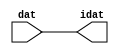

//------> /package/eda/mg/Catapult_10.3d/Mgc_home/pkgs/siflibs/ccs_in_v1.v 
//------------------------------------------------------------------------------
// Catapult Synthesis - Sample I/O Port Library
//
// Copyright (c) 2003-2017 Mentor Graphics Corp.
//       All Rights Reserved
//
// This document may be used and distributed without restriction provided that
// this copyright statement is not removed from the file and that any derivative
// work contains this copyright notice.
//
// The design information contained in this file is intended to be an example
// of the functionality which the end user may study in preparation for creating
// their own custom interfaces. This design does not necessarily present a 
// complete implementation of the named protocol or standard.
//
//------------------------------------------------------------------------------


module ccs_in_v1 (idat, dat);

  parameter integer rscid = 1;
  parameter integer width = 8;

  output [width-1:0] idat;
  input  [width-1:0] dat;

  wire   [width-1:0] idat;

  assign idat = dat;

endmodule


//------> /package/eda/mg/Catapult_10.3d/Mgc_home/pkgs/siflibs/ccs_out_v1.v 
//------------------------------------------------------------------------------
// Catapult Synthesis - Sample I/O Port Library
//
// Copyright (c) 2003-2015 Mentor Graphics Corp.
//       All Rights Reserved
//
// This document may be used and distributed without restriction provided that
// this copyright statement is not removed from the file and that any derivative
// work contains this copyright notice.
//
// The design information contained in this file is intended to be an example
// of the functionality which the end user may study in preparation for creating
// their own custom interfaces. This design does not necessarily present a 
// complete implementation of the named protocol or standard.
//
//------------------------------------------------------------------------------

module ccs_out_v1 (dat, idat);

  parameter integer rscid = 1;
  parameter integer width = 8;

  output   [width-1:0] dat;
  input    [width-1:0] idat;

  wire     [width-1:0] dat;

  assign dat = idat;

endmodule




//------> /package/eda/mg/Catapult_10.3d/Mgc_home/pkgs/siflibs/mgc_io_sync_v2.v 
//------------------------------------------------------------------------------
// Catapult Synthesis - Sample I/O Port Library
//
// Copyright (c) 2003-2017 Mentor Graphics Corp.
//       All Rights Reserved
//
// This document may be used and distributed without restriction provided that
// this copyright statement is not removed from the file and that any derivative
// work contains this copyright notice.
//
// The design information contained in this file is intended to be an example
// of the functionality which the end user may study in preparation for creating
// their own custom interfaces. This design does not necessarily present a 
// complete implementation of the named protocol or standard.
//
//------------------------------------------------------------------------------


module mgc_io_sync_v2 (ld, lz);
    parameter valid = 0;

    input  ld;
    output lz;

    wire   lz;

    assign lz = ld;

endmodule


//------> ./rtl.v 
// ----------------------------------------------------------------------
//  HLS HDL:        Verilog Netlister
//  HLS Version:    10.3d/815731 Production Release
//  HLS Date:       Wed Apr 24 14:54:19 PDT 2019
// 
//  Generated by:   695r48@cparch23.ecn.purdue.edu
//  Generated date: Tue Nov  9 15:12:41 2021
// ----------------------------------------------------------------------

// 
// ------------------------------------------------------------------
//  Design Unit:    fir_Altera_DIST_DIST_1R1W_RBW_rport_1_16_5_32_32_16_gen
// ------------------------------------------------------------------


module fir_Altera_DIST_DIST_1R1W_RBW_rport_1_16_5_32_32_16_gen (
  q, radr, radr_d, q_d, rport_r_ram_ir_internal_RMASK_B_d
);
  input [15:0] q;
  output [4:0] radr;
  input [4:0] radr_d;
  output [15:0] q_d;
  input rport_r_ram_ir_internal_RMASK_B_d;



  // Interconnect Declarations for Component Instantiations 
  assign q_d = q;
  assign radr = (radr_d);
endmodule

// ------------------------------------------------------------------
//  Design Unit:    fir_core_core_fsm
//  FSM Module
// ------------------------------------------------------------------


module fir_core_core_fsm (
  clk, rst, fsm_output, MAC_C_5_tr0
);
  input clk;
  input rst;
  output [10:0] fsm_output;
  reg [10:0] fsm_output;
  input MAC_C_5_tr0;


  // FSM State Type Declaration for fir_core_core_fsm_1
  parameter
    main_C_0 = 4'd0,
    MAC_C_0 = 4'd1,
    MAC_C_1 = 4'd2,
    MAC_C_2 = 4'd3,
    MAC_C_3 = 4'd4,
    MAC_C_4 = 4'd5,
    MAC_C_5 = 4'd6,
    MAC_C_6 = 4'd7,
    MAC_C_7 = 4'd8,
    MAC_C_8 = 4'd9,
    main_C_1 = 4'd10;

  reg [3:0] state_var;
  reg [3:0] state_var_NS;


  // Interconnect Declarations for Component Instantiations 
  always @(*)
  begin : fir_core_core_fsm_1
    case (state_var)
      MAC_C_0 : begin
        fsm_output = 11'b00000000010;
        state_var_NS = MAC_C_1;
      end
      MAC_C_1 : begin
        fsm_output = 11'b00000000100;
        state_var_NS = MAC_C_2;
      end
      MAC_C_2 : begin
        fsm_output = 11'b00000001000;
        state_var_NS = MAC_C_3;
      end
      MAC_C_3 : begin
        fsm_output = 11'b00000010000;
        state_var_NS = MAC_C_4;
      end
      MAC_C_4 : begin
        fsm_output = 11'b00000100000;
        state_var_NS = MAC_C_5;
      end
      MAC_C_5 : begin
        fsm_output = 11'b00001000000;
        if ( MAC_C_5_tr0 ) begin
          state_var_NS = main_C_1;
        end
        else begin
          state_var_NS = MAC_C_6;
        end
      end
      MAC_C_6 : begin
        fsm_output = 11'b00010000000;
        state_var_NS = MAC_C_7;
      end
      MAC_C_7 : begin
        fsm_output = 11'b00100000000;
        state_var_NS = MAC_C_8;
      end
      MAC_C_8 : begin
        fsm_output = 11'b01000000000;
        state_var_NS = MAC_C_0;
      end
      main_C_1 : begin
        fsm_output = 11'b10000000000;
        state_var_NS = main_C_0;
      end
      // main_C_0
      default : begin
        fsm_output = 11'b00000000001;
        state_var_NS = MAC_C_0;
      end
    endcase
  end

  always @(posedge clk) begin
    if ( rst ) begin
      state_var <= main_C_0;
    end
    else begin
      state_var <= state_var_NS;
    end
  end

endmodule

// ------------------------------------------------------------------
//  Design Unit:    fir_core
// ------------------------------------------------------------------


module fir_core (
  clk, rst, coeffs_rsc_triosy_lz, in1_rsc_dat, in1_rsc_triosy_lz, out1_rsc_dat, out1_rsc_triosy_lz,
      coeffs_rsci_radr_d, coeffs_rsci_q_d, coeffs_rsci_rport_r_ram_ir_internal_RMASK_B_d
);
  input clk;
  input rst;
  output coeffs_rsc_triosy_lz;
  input [15:0] in1_rsc_dat;
  output in1_rsc_triosy_lz;
  output [15:0] out1_rsc_dat;
  output out1_rsc_triosy_lz;
  output [4:0] coeffs_rsci_radr_d;
  input [15:0] coeffs_rsci_q_d;
  output coeffs_rsci_rport_r_ram_ir_internal_RMASK_B_d;


  // Interconnect Declarations
  wire [15:0] in1_rsci_idat;
  reg [15:0] out1_rsci_idat;
  wire [10:0] fsm_output;
  wire and_dcpl_9;
  wire or_dcpl_5;
  wire or_dcpl_6;
  reg [5:0] MAC_i_5_0_5_sva;
  wire [6:0] nl_MAC_i_5_0_5_sva;
  wire MAC_i_or_cse;
  reg reg_out1_rsc_triosy_obj_ld_cse;
  wire reg_out1_out1_and_cse;
  wire [4:0] MAC_1_acc_2_psp_sva_mx0w0;
  wire [5:0] nl_MAC_1_acc_2_psp_sva_mx0w0;
  reg [1:0] MAC_i_4_0_sva_4_3;
  reg MAC_i_4_0_sva_2;
  reg [1:0] MAC_i_4_0_sva_1_0;
  reg [4:0] MAC_3_acc_2_psp_sva;
  reg [4:0] MAC_2_acc_2_psp_sva;
  reg [4:0] MAC_6_acc_2_psp_sva;
  wire [15:0] z_out;
  wire [15:0] z_out_1;
  wire [15:0] z_out_2;
  wire [29:0] z_out_3;
  wire signed [31:0] nl_z_out_3;
  reg [15:0] regs_15_sva;
  reg [15:0] regs_16_sva;
  reg [15:0] regs_14_sva;
  reg [15:0] regs_17_sva;
  reg [15:0] regs_13_sva;
  reg [15:0] regs_18_sva;
  reg [15:0] regs_12_sva;
  reg [15:0] regs_19_sva;
  reg [15:0] regs_11_sva;
  reg [15:0] regs_20_sva;
  reg [15:0] regs_10_sva;
  reg [15:0] regs_21_sva;
  reg [15:0] regs_9_sva;
  reg [15:0] regs_22_sva;
  reg [15:0] regs_8_sva;
  reg [15:0] regs_23_sva;
  reg [15:0] regs_7_sva;
  reg [15:0] regs_24_sva;
  reg [15:0] regs_6_sva;
  reg [15:0] regs_25_sva;
  reg [15:0] regs_5_sva;
  reg [15:0] regs_26_sva;
  reg [15:0] regs_4_sva;
  reg [15:0] regs_27_sva;
  reg [15:0] regs_3_sva;
  reg [15:0] regs_28_sva;
  reg [15:0] regs_2_sva;
  reg [15:0] regs_29_sva;
  reg [15:0] regs_1_sva;
  reg [15:0] regs_30_sva;
  reg [15:0] regs_0_sva;
  reg [29:0] acc_32_3_1_sva;
  reg [15:0] regs_30_sva_1;
  reg [15:0] regs_29_sva_1;
  reg [15:0] regs_28_sva_1;
  reg [15:0] regs_27_sva_1;
  reg [15:0] regs_26_sva_1;
  reg [15:0] regs_25_sva_1;
  reg [15:0] regs_24_sva_1;
  reg [15:0] regs_23_sva_1;
  reg [15:0] regs_22_sva_1;
  reg [15:0] regs_21_sva_1;
  reg [15:0] regs_20_sva_1;
  reg [15:0] regs_19_sva_1;
  reg [15:0] regs_18_sva_1;
  reg [15:0] regs_17_sva_1;
  reg [15:0] regs_16_sva_1;
  reg [15:0] regs_15_sva_1;
  reg [15:0] regs_14_sva_1;
  reg [15:0] regs_13_sva_1;
  reg [15:0] regs_12_sva_1;
  reg [15:0] regs_11_sva_1;
  reg [15:0] regs_10_sva_1;
  reg [15:0] regs_9_sva_1;
  reg [15:0] regs_8_sva_1;
  reg [15:0] regs_7_sva_1;
  reg [15:0] regs_6_sva_1;
  reg [15:0] regs_5_sva_1;
  reg [15:0] regs_4_sva_1;
  reg [15:0] regs_3_sva_1;
  reg [15:0] regs_2_sva_1;
  reg [15:0] regs_1_sva_1;
  reg [15:0] regs_0_sva_1;
  reg [4:0] MAC_5_acc_2_psp_sva;
  reg [15:0] MAC_mux_itm;
  reg [15:0] MAC_mux_1_itm;
  reg [15:0] MAC_mux_2_itm;
  reg [29:0] MAC_1_mul_itm;
  reg [15:0] MAC_mux_3_itm;
  reg [29:0] MAC_2_mul_itm;
  reg [29:0] MAC_acc_3_itm;
  reg [15:0] MAC_mux_5_itm;
  reg [15:0] MAC_mux_6_itm;
  reg [4:0] MAC_7_acc_2_itm;
  wire [5:0] nl_MAC_7_acc_2_itm;
  wire [29:0] acc_32_3_5_sva_1;
  wire [30:0] nl_acc_32_3_5_sva_1;
  wire [4:0] MAC_2_acc_2_psp_sva_mx0w0;
  wire [5:0] nl_MAC_2_acc_2_psp_sva_mx0w0;
  wire [4:0] MAC_3_acc_2_psp_sva_mx0w0;
  wire [5:0] nl_MAC_3_acc_2_psp_sva_mx0w0;
  wire [4:0] MAC_6_acc_2_psp_sva_mx0w0;
  wire [5:0] nl_MAC_6_acc_2_psp_sva_mx0w0;
  wire [4:0] MAC_5_acc_2_psp_sva_1;
  wire [5:0] nl_MAC_5_acc_2_psp_sva_1;
  wire [29:0] MAC_acc_3_itm_mx0w0;
  wire [30:0] nl_MAC_acc_3_itm_mx0w0;

  wire[29:0] acc_mux_nl;
  wire[29:0] MAC_7_acc_1_nl;
  wire[30:0] nl_MAC_7_acc_1_nl;
  wire[29:0] MAC_acc_6_nl;
  wire[30:0] nl_MAC_acc_6_nl;
  wire[0:0] acc_not_nl;
  wire[0:0] MAC_and_nl;
  wire[0:0] MAC_and_1_nl;
  wire[0:0] MAC_and_2_nl;
  wire[0:0] MAC_and_3_nl;
  wire[0:0] MAC_and_4_nl;
  wire[29:0] mul_1_nl;
  wire signed [31:0] nl_mul_1_nl;
  wire[15:0] MAC_mux_22_nl;
  wire[29:0] MAC_acc_nl;
  wire[30:0] nl_MAC_acc_nl;
  wire[15:0] MAC_mux1h_27_nl;
  wire[0:0] or_196_nl;
  wire[4:0] MAC_mux_23_nl;
  wire[4:0] MAC_mux_24_nl;
  wire[4:0] MAC_mux_25_nl;

  // Interconnect Declarations for Component Instantiations 
  wire [0:0] nl_fir_core_core_fsm_inst_MAC_C_5_tr0;
  assign nl_fir_core_core_fsm_inst_MAC_C_5_tr0 = MAC_i_5_0_5_sva[5];
  ccs_in_v1 #(.rscid(32'sd2),
  .width(32'sd16)) in1_rsci (
      .dat(in1_rsc_dat),
      .idat(in1_rsci_idat)
    );
  ccs_out_v1 #(.rscid(32'sd3),
  .width(32'sd16)) out1_rsci (
      .idat(out1_rsci_idat),
      .dat(out1_rsc_dat)
    );
  mgc_io_sync_v2 #(.valid(32'sd0)) coeffs_rsc_triosy_obj (
      .ld(reg_out1_rsc_triosy_obj_ld_cse),
      .lz(coeffs_rsc_triosy_lz)
    );
  mgc_io_sync_v2 #(.valid(32'sd0)) in1_rsc_triosy_obj (
      .ld(reg_out1_rsc_triosy_obj_ld_cse),
      .lz(in1_rsc_triosy_lz)
    );
  mgc_io_sync_v2 #(.valid(32'sd0)) out1_rsc_triosy_obj (
      .ld(reg_out1_rsc_triosy_obj_ld_cse),
      .lz(out1_rsc_triosy_lz)
    );
  fir_core_core_fsm fir_core_core_fsm_inst (
      .clk(clk),
      .rst(rst),
      .fsm_output(fsm_output),
      .MAC_C_5_tr0(nl_fir_core_core_fsm_inst_MAC_C_5_tr0[0:0])
    );
  assign reg_out1_out1_and_cse = (fsm_output[6]) & (MAC_i_5_0_5_sva[5]);
  assign MAC_i_or_cse = (fsm_output[0]) | (fsm_output[6]);
  assign nl_MAC_acc_nl = MAC_acc_3_itm_mx0w0 + acc_32_3_1_sva;
  assign MAC_acc_nl = nl_MAC_acc_nl[29:0];
  assign nl_acc_32_3_5_sva_1 = (MAC_acc_nl) + MAC_acc_3_itm;
  assign acc_32_3_5_sva_1 = nl_acc_32_3_5_sva_1[29:0];
  assign nl_MAC_1_acc_2_psp_sva_mx0w0 = ({MAC_i_4_0_sva_4_3 , MAC_i_4_0_sva_2 , MAC_i_4_0_sva_1_0})
      + 5'b00001;
  assign MAC_1_acc_2_psp_sva_mx0w0 = nl_MAC_1_acc_2_psp_sva_mx0w0[4:0];
  assign nl_MAC_2_acc_2_psp_sva_mx0w0 = MAC_1_acc_2_psp_sva_mx0w0 + 5'b00001;
  assign MAC_2_acc_2_psp_sva_mx0w0 = nl_MAC_2_acc_2_psp_sva_mx0w0[4:0];
  assign nl_MAC_3_acc_2_psp_sva_mx0w0 = MAC_2_acc_2_psp_sva_mx0w0 + 5'b00001;
  assign MAC_3_acc_2_psp_sva_mx0w0 = nl_MAC_3_acc_2_psp_sva_mx0w0[4:0];
  assign nl_MAC_6_acc_2_psp_sva_mx0w0 = MAC_5_acc_2_psp_sva_1 + 5'b00001;
  assign MAC_6_acc_2_psp_sva_mx0w0 = nl_MAC_6_acc_2_psp_sva_mx0w0[4:0];
  assign nl_MAC_5_acc_2_psp_sva_1 = (MAC_i_5_0_5_sva[4:0]) + 5'b00001;
  assign MAC_5_acc_2_psp_sva_1 = nl_MAC_5_acc_2_psp_sva_1[4:0];
  assign nl_MAC_acc_3_itm_mx0w0 = MAC_1_mul_itm + MAC_2_mul_itm;
  assign MAC_acc_3_itm_mx0w0 = nl_MAC_acc_3_itm_mx0w0[29:0];
  assign and_dcpl_9 = ~((fsm_output[10]) | (fsm_output[0]));
  assign or_dcpl_5 = (fsm_output[5:4]!=2'b00);
  assign or_dcpl_6 = or_dcpl_5 | (fsm_output[3]);
  assign coeffs_rsci_radr_d = MUX1HOT_v_5_7_2(MAC_1_acc_2_psp_sva_mx0w0, ({MAC_i_4_0_sva_4_3
      , MAC_i_4_0_sva_2 , MAC_i_4_0_sva_1_0}), MAC_3_acc_2_psp_sva, MAC_2_acc_2_psp_sva,
      MAC_6_acc_2_psp_sva, MAC_5_acc_2_psp_sva, (MAC_i_5_0_5_sva[4:0]), {(fsm_output[1])
      , (fsm_output[2]) , (fsm_output[3]) , (fsm_output[4]) , (fsm_output[5]) , (fsm_output[6])
      , (fsm_output[7])});
  assign coeffs_rsci_rport_r_ram_ir_internal_RMASK_B_d = (~((~ and_dcpl_9) | (fsm_output[8])
      | (fsm_output[9]) | (fsm_output[6]))) | ((~ (MAC_i_5_0_5_sva[5])) & (fsm_output[6]));
  always @(posedge clk) begin
    if ( rst ) begin
      acc_32_3_1_sva <= 30'b000000000000000000000000000000;
    end
    else if ( (fsm_output[0]) | (fsm_output[6]) | (fsm_output[9]) ) begin
      acc_32_3_1_sva <= MUX_v_30_2_2(30'b000000000000000000000000000000, (acc_mux_nl),
          (acc_not_nl));
    end
  end
  always @(posedge clk) begin
    if ( rst ) begin
      out1_rsci_idat <= 16'b0000000000000000;
      regs_0_sva <= 16'b0000000000000000;
      regs_7_sva <= 16'b0000000000000000;
      regs_14_sva <= 16'b0000000000000000;
      regs_21_sva <= 16'b0000000000000000;
      regs_28_sva <= 16'b0000000000000000;
      regs_6_sva <= 16'b0000000000000000;
      regs_13_sva <= 16'b0000000000000000;
      regs_20_sva <= 16'b0000000000000000;
      regs_27_sva <= 16'b0000000000000000;
      regs_2_sva <= 16'b0000000000000000;
      regs_9_sva <= 16'b0000000000000000;
      regs_16_sva <= 16'b0000000000000000;
      regs_23_sva <= 16'b0000000000000000;
      regs_30_sva <= 16'b0000000000000000;
      regs_1_sva <= 16'b0000000000000000;
      regs_8_sva <= 16'b0000000000000000;
      regs_15_sva <= 16'b0000000000000000;
      regs_22_sva <= 16'b0000000000000000;
      regs_29_sva <= 16'b0000000000000000;
      regs_5_sva <= 16'b0000000000000000;
      regs_12_sva <= 16'b0000000000000000;
      regs_19_sva <= 16'b0000000000000000;
      regs_26_sva <= 16'b0000000000000000;
      regs_4_sva <= 16'b0000000000000000;
      regs_11_sva <= 16'b0000000000000000;
      regs_18_sva <= 16'b0000000000000000;
      regs_25_sva <= 16'b0000000000000000;
      regs_3_sva <= 16'b0000000000000000;
      regs_10_sva <= 16'b0000000000000000;
      regs_17_sva <= 16'b0000000000000000;
      regs_24_sva <= 16'b0000000000000000;
    end
    else if ( reg_out1_out1_and_cse ) begin
      out1_rsci_idat <= acc_32_3_5_sva_1[29:14];
      regs_0_sva <= regs_0_sva_1;
      regs_7_sva <= regs_7_sva_1;
      regs_14_sva <= regs_14_sva_1;
      regs_21_sva <= regs_21_sva_1;
      regs_28_sva <= regs_28_sva_1;
      regs_6_sva <= regs_6_sva_1;
      regs_13_sva <= regs_13_sva_1;
      regs_20_sva <= regs_20_sva_1;
      regs_27_sva <= regs_27_sva_1;
      regs_2_sva <= regs_2_sva_1;
      regs_9_sva <= regs_9_sva_1;
      regs_16_sva <= regs_16_sva_1;
      regs_23_sva <= regs_23_sva_1;
      regs_30_sva <= regs_30_sva_1;
      regs_1_sva <= regs_1_sva_1;
      regs_8_sva <= regs_8_sva_1;
      regs_15_sva <= regs_15_sva_1;
      regs_22_sva <= regs_22_sva_1;
      regs_29_sva <= regs_29_sva_1;
      regs_5_sva <= regs_5_sva_1;
      regs_12_sva <= regs_12_sva_1;
      regs_19_sva <= regs_19_sva_1;
      regs_26_sva <= regs_26_sva_1;
      regs_4_sva <= regs_4_sva_1;
      regs_11_sva <= regs_11_sva_1;
      regs_18_sva <= regs_18_sva_1;
      regs_25_sva <= regs_25_sva_1;
      regs_3_sva <= regs_3_sva_1;
      regs_10_sva <= regs_10_sva_1;
      regs_17_sva <= regs_17_sva_1;
      regs_24_sva <= regs_24_sva_1;
    end
  end
  always @(posedge clk) begin
    if ( rst ) begin
      MAC_i_4_0_sva_4_3 <= 2'b00;
      MAC_i_4_0_sva_1_0 <= 2'b00;
    end
    else if ( MAC_i_or_cse ) begin
      MAC_i_4_0_sva_4_3 <= MUX_v_2_2_2(2'b00, (MAC_7_acc_2_itm[4:3]), (fsm_output[6]));
      MAC_i_4_0_sva_1_0 <= MUX_v_2_2_2(2'b00, (MAC_7_acc_2_itm[1:0]), (fsm_output[6]));
    end
  end
  always @(posedge clk) begin
    if ( rst ) begin
      MAC_i_4_0_sva_2 <= 1'b0;
    end
    else if ( (fsm_output[0]) | (fsm_output[9]) ) begin
      MAC_i_4_0_sva_2 <= fsm_output[9];
    end
  end
  always @(posedge clk) begin
    if ( rst ) begin
      regs_0_sva_1 <= 16'b0000000000000000;
    end
    else if ( ~ and_dcpl_9 ) begin
      regs_0_sva_1 <= in1_rsci_idat;
    end
  end
  always @(posedge clk) begin
    if ( rst ) begin
      reg_out1_rsc_triosy_obj_ld_cse <= 1'b0;
      MAC_1_mul_itm <= 30'b000000000000000000000000000000;
    end
    else begin
      reg_out1_rsc_triosy_obj_ld_cse <= reg_out1_out1_and_cse;
      MAC_1_mul_itm <= MUX_v_30_2_2((mul_1_nl), z_out_3, fsm_output[7]);
    end
  end
  always @(posedge clk) begin
    if ( rst ) begin
      regs_30_sva_1 <= 16'b0000000000000000;
    end
    else if ( ~ and_dcpl_9 ) begin
      regs_30_sva_1 <= regs_29_sva;
    end
  end
  always @(posedge clk) begin
    if ( rst ) begin
      regs_29_sva_1 <= 16'b0000000000000000;
    end
    else if ( ~ and_dcpl_9 ) begin
      regs_29_sva_1 <= regs_28_sva;
    end
  end
  always @(posedge clk) begin
    if ( rst ) begin
      regs_28_sva_1 <= 16'b0000000000000000;
    end
    else if ( ~ and_dcpl_9 ) begin
      regs_28_sva_1 <= regs_27_sva;
    end
  end
  always @(posedge clk) begin
    if ( rst ) begin
      regs_27_sva_1 <= 16'b0000000000000000;
    end
    else if ( ~ and_dcpl_9 ) begin
      regs_27_sva_1 <= regs_26_sva;
    end
  end
  always @(posedge clk) begin
    if ( rst ) begin
      regs_26_sva_1 <= 16'b0000000000000000;
    end
    else if ( ~ and_dcpl_9 ) begin
      regs_26_sva_1 <= regs_25_sva;
    end
  end
  always @(posedge clk) begin
    if ( rst ) begin
      regs_25_sva_1 <= 16'b0000000000000000;
    end
    else if ( ~ and_dcpl_9 ) begin
      regs_25_sva_1 <= regs_24_sva;
    end
  end
  always @(posedge clk) begin
    if ( rst ) begin
      regs_24_sva_1 <= 16'b0000000000000000;
    end
    else if ( ~ and_dcpl_9 ) begin
      regs_24_sva_1 <= regs_23_sva;
    end
  end
  always @(posedge clk) begin
    if ( rst ) begin
      regs_23_sva_1 <= 16'b0000000000000000;
    end
    else if ( ~ and_dcpl_9 ) begin
      regs_23_sva_1 <= regs_22_sva;
    end
  end
  always @(posedge clk) begin
    if ( rst ) begin
      regs_22_sva_1 <= 16'b0000000000000000;
    end
    else if ( ~ and_dcpl_9 ) begin
      regs_22_sva_1 <= regs_21_sva;
    end
  end
  always @(posedge clk) begin
    if ( rst ) begin
      regs_21_sva_1 <= 16'b0000000000000000;
    end
    else if ( ~ and_dcpl_9 ) begin
      regs_21_sva_1 <= regs_20_sva;
    end
  end
  always @(posedge clk) begin
    if ( rst ) begin
      regs_20_sva_1 <= 16'b0000000000000000;
    end
    else if ( ~ and_dcpl_9 ) begin
      regs_20_sva_1 <= regs_19_sva;
    end
  end
  always @(posedge clk) begin
    if ( rst ) begin
      regs_19_sva_1 <= 16'b0000000000000000;
    end
    else if ( ~ and_dcpl_9 ) begin
      regs_19_sva_1 <= regs_18_sva;
    end
  end
  always @(posedge clk) begin
    if ( rst ) begin
      regs_18_sva_1 <= 16'b0000000000000000;
    end
    else if ( ~ and_dcpl_9 ) begin
      regs_18_sva_1 <= regs_17_sva;
    end
  end
  always @(posedge clk) begin
    if ( rst ) begin
      regs_17_sva_1 <= 16'b0000000000000000;
    end
    else if ( ~ and_dcpl_9 ) begin
      regs_17_sva_1 <= regs_16_sva;
    end
  end
  always @(posedge clk) begin
    if ( rst ) begin
      regs_16_sva_1 <= 16'b0000000000000000;
    end
    else if ( ~ and_dcpl_9 ) begin
      regs_16_sva_1 <= regs_15_sva;
    end
  end
  always @(posedge clk) begin
    if ( rst ) begin
      regs_15_sva_1 <= 16'b0000000000000000;
    end
    else if ( ~ and_dcpl_9 ) begin
      regs_15_sva_1 <= regs_14_sva;
    end
  end
  always @(posedge clk) begin
    if ( rst ) begin
      regs_14_sva_1 <= 16'b0000000000000000;
    end
    else if ( ~ and_dcpl_9 ) begin
      regs_14_sva_1 <= regs_13_sva;
    end
  end
  always @(posedge clk) begin
    if ( rst ) begin
      regs_13_sva_1 <= 16'b0000000000000000;
    end
    else if ( ~ and_dcpl_9 ) begin
      regs_13_sva_1 <= regs_12_sva;
    end
  end
  always @(posedge clk) begin
    if ( rst ) begin
      regs_12_sva_1 <= 16'b0000000000000000;
    end
    else if ( ~ and_dcpl_9 ) begin
      regs_12_sva_1 <= regs_11_sva;
    end
  end
  always @(posedge clk) begin
    if ( rst ) begin
      regs_11_sva_1 <= 16'b0000000000000000;
    end
    else if ( ~ and_dcpl_9 ) begin
      regs_11_sva_1 <= regs_10_sva;
    end
  end
  always @(posedge clk) begin
    if ( rst ) begin
      regs_10_sva_1 <= 16'b0000000000000000;
    end
    else if ( ~ and_dcpl_9 ) begin
      regs_10_sva_1 <= regs_9_sva;
    end
  end
  always @(posedge clk) begin
    if ( rst ) begin
      regs_9_sva_1 <= 16'b0000000000000000;
    end
    else if ( ~ and_dcpl_9 ) begin
      regs_9_sva_1 <= regs_8_sva;
    end
  end
  always @(posedge clk) begin
    if ( rst ) begin
      regs_8_sva_1 <= 16'b0000000000000000;
    end
    else if ( ~ and_dcpl_9 ) begin
      regs_8_sva_1 <= regs_7_sva;
    end
  end
  always @(posedge clk) begin
    if ( rst ) begin
      regs_7_sva_1 <= 16'b0000000000000000;
    end
    else if ( ~ and_dcpl_9 ) begin
      regs_7_sva_1 <= regs_6_sva;
    end
  end
  always @(posedge clk) begin
    if ( rst ) begin
      regs_6_sva_1 <= 16'b0000000000000000;
    end
    else if ( ~ and_dcpl_9 ) begin
      regs_6_sva_1 <= regs_5_sva;
    end
  end
  always @(posedge clk) begin
    if ( rst ) begin
      regs_5_sva_1 <= 16'b0000000000000000;
    end
    else if ( ~ and_dcpl_9 ) begin
      regs_5_sva_1 <= regs_4_sva;
    end
  end
  always @(posedge clk) begin
    if ( rst ) begin
      regs_4_sva_1 <= 16'b0000000000000000;
    end
    else if ( ~ and_dcpl_9 ) begin
      regs_4_sva_1 <= regs_3_sva;
    end
  end
  always @(posedge clk) begin
    if ( rst ) begin
      regs_3_sva_1 <= 16'b0000000000000000;
    end
    else if ( ~ and_dcpl_9 ) begin
      regs_3_sva_1 <= regs_2_sva;
    end
  end
  always @(posedge clk) begin
    if ( rst ) begin
      regs_2_sva_1 <= 16'b0000000000000000;
    end
    else if ( ~ and_dcpl_9 ) begin
      regs_2_sva_1 <= regs_1_sva;
    end
  end
  always @(posedge clk) begin
    if ( rst ) begin
      regs_1_sva_1 <= 16'b0000000000000000;
    end
    else if ( ~ and_dcpl_9 ) begin
      regs_1_sva_1 <= regs_0_sva;
    end
  end
  always @(posedge clk) begin
    if ( rst ) begin
      MAC_i_5_0_5_sva <= 6'b000000;
    end
    else if ( ~(or_dcpl_6 | (fsm_output[2]) | (fsm_output[6])) ) begin
      MAC_i_5_0_5_sva <= nl_MAC_i_5_0_5_sva[5:0];
    end
  end
  always @(posedge clk) begin
    if ( rst ) begin
      MAC_mux_itm <= 16'b0000000000000000;
    end
    else if ( fsm_output[1] ) begin
      MAC_mux_itm <= z_out;
    end
  end
  always @(posedge clk) begin
    if ( rst ) begin
      MAC_mux_1_itm <= 16'b0000000000000000;
    end
    else if ( fsm_output[1] ) begin
      MAC_mux_1_itm <= z_out_1;
    end
  end
  always @(posedge clk) begin
    if ( rst ) begin
      MAC_2_acc_2_psp_sva <= 5'b00000;
    end
    else if ( fsm_output[1] ) begin
      MAC_2_acc_2_psp_sva <= MAC_2_acc_2_psp_sva_mx0w0;
    end
  end
  always @(posedge clk) begin
    if ( rst ) begin
      MAC_mux_2_itm <= 16'b0000000000000000;
    end
    else if ( fsm_output[1] ) begin
      MAC_mux_2_itm <= z_out_2;
    end
  end
  always @(posedge clk) begin
    if ( rst ) begin
      MAC_3_acc_2_psp_sva <= 5'b00000;
    end
    else if ( fsm_output[1] ) begin
      MAC_3_acc_2_psp_sva <= MAC_3_acc_2_psp_sva_mx0w0;
    end
  end
  always @(posedge clk) begin
    if ( rst ) begin
      MAC_mux_3_itm <= 16'b0000000000000000;
    end
    else if ( ~(or_dcpl_6 | (fsm_output[7:6]!=2'b00)) ) begin
      MAC_mux_3_itm <= MUX1HOT_v_16_6_2(regs_0_sva, regs_7_sva, regs_14_sva, regs_21_sva,
          regs_28_sva, z_out_2, {(MAC_and_nl) , (MAC_and_1_nl) , (MAC_and_2_nl) ,
          (MAC_and_3_nl) , (MAC_and_4_nl) , (fsm_output[2])});
    end
  end
  always @(posedge clk) begin
    if ( rst ) begin
      MAC_6_acc_2_psp_sva <= 5'b00000;
    end
    else if ( fsm_output[2] ) begin
      MAC_6_acc_2_psp_sva <= MAC_6_acc_2_psp_sva_mx0w0;
    end
  end
  always @(posedge clk) begin
    if ( rst ) begin
      MAC_2_mul_itm <= 30'b000000000000000000000000000000;
    end
    else if ( (fsm_output[8]) | (fsm_output[2]) | (fsm_output[4]) | (fsm_output[6])
        ) begin
      MAC_2_mul_itm <= z_out_3;
    end
  end
  always @(posedge clk) begin
    if ( rst ) begin
      MAC_5_acc_2_psp_sva <= 5'b00000;
    end
    else if ( ~ or_dcpl_6 ) begin
      MAC_5_acc_2_psp_sva <= MAC_5_acc_2_psp_sva_1;
    end
  end
  always @(posedge clk) begin
    if ( rst ) begin
      MAC_mux_5_itm <= 16'b0000000000000000;
    end
    else if ( ~(or_dcpl_5 | (fsm_output[3]) | (fsm_output[6])) ) begin
      MAC_mux_5_itm <= z_out_1;
    end
  end
  always @(posedge clk) begin
    if ( rst ) begin
      MAC_7_acc_2_itm <= 5'b00000;
    end
    else if ( ~ or_dcpl_6 ) begin
      MAC_7_acc_2_itm <= nl_MAC_7_acc_2_itm[4:0];
    end
  end
  always @(posedge clk) begin
    if ( rst ) begin
      MAC_mux_6_itm <= 16'b0000000000000000;
    end
    else if ( ~ or_dcpl_6 ) begin
      MAC_mux_6_itm <= z_out;
    end
  end
  always @(posedge clk) begin
    if ( rst ) begin
      MAC_acc_3_itm <= 30'b000000000000000000000000000000;
    end
    else if ( (fsm_output[4]) | (fsm_output[8]) ) begin
      MAC_acc_3_itm <= MAC_acc_3_itm_mx0w0;
    end
  end
  assign nl_MAC_acc_6_nl = acc_32_3_1_sva + MAC_2_mul_itm;
  assign MAC_acc_6_nl = nl_MAC_acc_6_nl[29:0];
  assign nl_MAC_7_acc_1_nl = (MAC_acc_6_nl) + MAC_acc_3_itm;
  assign MAC_7_acc_1_nl = nl_MAC_7_acc_1_nl[29:0];
  assign acc_mux_nl = MUX_v_30_2_2(acc_32_3_5_sva_1, (MAC_7_acc_1_nl), fsm_output[9]);
  assign acc_not_nl = ~ (fsm_output[0]);
  assign MAC_mux_22_nl = MUX_v_16_2_2(MAC_mux_2_itm, MAC_mux_itm, fsm_output[5]);
  assign nl_mul_1_nl = $signed((MAC_mux_22_nl)) * $signed((coeffs_rsci_q_d));
  assign mul_1_nl = nl_mul_1_nl[29:0];
  assign nl_MAC_i_5_0_5_sva  = conv_u2s_5_6(MAC_3_acc_2_psp_sva_mx0w0) + 6'b000001;
  assign MAC_and_nl = (MAC_1_acc_2_psp_sva_mx0w0==5'b00001) & (fsm_output[1]);
  assign MAC_and_1_nl = (MAC_1_acc_2_psp_sva_mx0w0==5'b01000) & (fsm_output[1]);
  assign MAC_and_2_nl = (MAC_1_acc_2_psp_sva_mx0w0==5'b01111) & (fsm_output[1]);
  assign MAC_and_3_nl = (MAC_1_acc_2_psp_sva_mx0w0==5'b10110) & (fsm_output[1]);
  assign MAC_and_4_nl = (MAC_1_acc_2_psp_sva_mx0w0==5'b11101) & (fsm_output[1]);
  assign nl_MAC_7_acc_2_itm  = MAC_6_acc_2_psp_sva_mx0w0 + 5'b00001;
  assign or_196_nl = (fsm_output[2]) | (fsm_output[8]);
  assign MAC_mux1h_27_nl = MUX1HOT_v_16_4_2(MAC_mux_3_itm, MAC_mux_1_itm, MAC_mux_6_itm,
      MAC_mux_5_itm, {(or_196_nl) , (fsm_output[4]) , (fsm_output[6]) , (fsm_output[7])});
  assign nl_z_out_3 = $signed((MAC_mux1h_27_nl)) * $signed((coeffs_rsci_q_d));
  assign z_out_3 = nl_z_out_3[29:0];
  assign MAC_mux_23_nl = MUX_v_5_2_2(MAC_2_acc_2_psp_sva_mx0w0, MAC_6_acc_2_psp_sva_mx0w0,
      fsm_output[2]);
  assign z_out = MUX_v_16_31_2x0x1x3x4x5x7x8x10x11x12x14x15x17x18x19x21x22x24x25x26x28x29(regs_1_sva,
      regs_5_sva, regs_8_sva, regs_12_sva, regs_15_sva, regs_19_sva, regs_22_sva,
      regs_26_sva, regs_29_sva, MAC_mux_23_nl);
  assign MAC_mux_24_nl = MUX_v_5_2_2(MAC_3_acc_2_psp_sva_mx0w0, MAC_5_acc_2_psp_sva_1,
      fsm_output[2]);
  assign z_out_1 = MUX_v_16_32_2x0x1x2x4x6x7x8x9x11x13x14x15x16x18x20x21x22x23x25x27x28x29x30(regs_2_sva,
      regs_4_sva, regs_9_sva, regs_11_sva, regs_16_sva, regs_18_sva, regs_23_sva,
      regs_25_sva, regs_30_sva, MAC_mux_24_nl);
  assign MAC_mux_25_nl = MUX_v_5_2_2(({MAC_i_4_0_sva_4_3 , MAC_i_4_0_sva_2 , MAC_i_4_0_sva_1_0}),
      (MAC_i_5_0_5_sva[4:0]), fsm_output[2]);
  assign z_out_2 = MUX_v_16_29_2x1x2x3x5x6x8x9x10x12x13x15x16x17x19x20x22x23x24x26x27(regs_0_sva_1,
      regs_3_sva, regs_6_sva, regs_10_sva, regs_13_sva, regs_17_sva, regs_20_sva,
      regs_24_sva, regs_27_sva, MAC_mux_25_nl);

  function automatic [15:0] MUX1HOT_v_16_4_2;
    input [15:0] input_3;
    input [15:0] input_2;
    input [15:0] input_1;
    input [15:0] input_0;
    input [3:0] sel;
    reg [15:0] result;
  begin
    result = input_0 & {16{sel[0]}};
    result = result | ( input_1 & {16{sel[1]}});
    result = result | ( input_2 & {16{sel[2]}});
    result = result | ( input_3 & {16{sel[3]}});
    MUX1HOT_v_16_4_2 = result;
  end
  endfunction


  function automatic [15:0] MUX1HOT_v_16_6_2;
    input [15:0] input_5;
    input [15:0] input_4;
    input [15:0] input_3;
    input [15:0] input_2;
    input [15:0] input_1;
    input [15:0] input_0;
    input [5:0] sel;
    reg [15:0] result;
  begin
    result = input_0 & {16{sel[0]}};
    result = result | ( input_1 & {16{sel[1]}});
    result = result | ( input_2 & {16{sel[2]}});
    result = result | ( input_3 & {16{sel[3]}});
    result = result | ( input_4 & {16{sel[4]}});
    result = result | ( input_5 & {16{sel[5]}});
    MUX1HOT_v_16_6_2 = result;
  end
  endfunction


  function automatic [4:0] MUX1HOT_v_5_7_2;
    input [4:0] input_6;
    input [4:0] input_5;
    input [4:0] input_4;
    input [4:0] input_3;
    input [4:0] input_2;
    input [4:0] input_1;
    input [4:0] input_0;
    input [6:0] sel;
    reg [4:0] result;
  begin
    result = input_0 & {5{sel[0]}};
    result = result | ( input_1 & {5{sel[1]}});
    result = result | ( input_2 & {5{sel[2]}});
    result = result | ( input_3 & {5{sel[3]}});
    result = result | ( input_4 & {5{sel[4]}});
    result = result | ( input_5 & {5{sel[5]}});
    result = result | ( input_6 & {5{sel[6]}});
    MUX1HOT_v_5_7_2 = result;
  end
  endfunction


  function automatic [15:0] MUX_v_16_29_2x1x2x3x5x6x8x9x10x12x13x15x16x17x19x20x22x23x24x26x27;
    input [15:0] input_0;
    input [15:0] input_4;
    input [15:0] input_7;
    input [15:0] input_11;
    input [15:0] input_14;
    input [15:0] input_18;
    input [15:0] input_21;
    input [15:0] input_25;
    input [15:0] input_28;
    input [4:0] sel;
    reg [15:0] result;
  begin
    case (sel)
      5'b00000 : begin
        result = input_0;
      end
      5'b00100 : begin
        result = input_4;
      end
      5'b00111 : begin
        result = input_7;
      end
      5'b01011 : begin
        result = input_11;
      end
      5'b01110 : begin
        result = input_14;
      end
      5'b10010 : begin
        result = input_18;
      end
      5'b10101 : begin
        result = input_21;
      end
      5'b11001 : begin
        result = input_25;
      end
      default : begin
        result = input_28;
      end
    endcase
    MUX_v_16_29_2x1x2x3x5x6x8x9x10x12x13x15x16x17x19x20x22x23x24x26x27 = result;
  end
  endfunction


  function automatic [15:0] MUX_v_16_2_2;
    input [15:0] input_0;
    input [15:0] input_1;
    input [0:0] sel;
    reg [15:0] result;
  begin
    case (sel)
      1'b0 : begin
        result = input_0;
      end
      default : begin
        result = input_1;
      end
    endcase
    MUX_v_16_2_2 = result;
  end
  endfunction


  function automatic [15:0] MUX_v_16_31_2x0x1x3x4x5x7x8x10x11x12x14x15x17x18x19x21x22x24x25x26x28x29;
    input [15:0] input_2;
    input [15:0] input_6;
    input [15:0] input_9;
    input [15:0] input_13;
    input [15:0] input_16;
    input [15:0] input_20;
    input [15:0] input_23;
    input [15:0] input_27;
    input [15:0] input_30;
    input [4:0] sel;
    reg [15:0] result;
  begin
    case (sel)
      5'b00010 : begin
        result = input_2;
      end
      5'b00110 : begin
        result = input_6;
      end
      5'b01001 : begin
        result = input_9;
      end
      5'b01101 : begin
        result = input_13;
      end
      5'b10000 : begin
        result = input_16;
      end
      5'b10100 : begin
        result = input_20;
      end
      5'b10111 : begin
        result = input_23;
      end
      5'b11011 : begin
        result = input_27;
      end
      default : begin
        result = input_30;
      end
    endcase
    MUX_v_16_31_2x0x1x3x4x5x7x8x10x11x12x14x15x17x18x19x21x22x24x25x26x28x29 = result;
  end
  endfunction


  function automatic [15:0] MUX_v_16_32_2x0x1x2x4x6x7x8x9x11x13x14x15x16x18x20x21x22x23x25x27x28x29x30;
    input [15:0] input_3;
    input [15:0] input_5;
    input [15:0] input_10;
    input [15:0] input_12;
    input [15:0] input_17;
    input [15:0] input_19;
    input [15:0] input_24;
    input [15:0] input_26;
    input [15:0] input_31;
    input [4:0] sel;
    reg [15:0] result;
  begin
    case (sel)
      5'b00011 : begin
        result = input_3;
      end
      5'b00101 : begin
        result = input_5;
      end
      5'b01010 : begin
        result = input_10;
      end
      5'b01100 : begin
        result = input_12;
      end
      5'b10001 : begin
        result = input_17;
      end
      5'b10011 : begin
        result = input_19;
      end
      5'b11000 : begin
        result = input_24;
      end
      5'b11010 : begin
        result = input_26;
      end
      default : begin
        result = input_31;
      end
    endcase
    MUX_v_16_32_2x0x1x2x4x6x7x8x9x11x13x14x15x16x18x20x21x22x23x25x27x28x29x30 =
        result;
  end
  endfunction


  function automatic [1:0] MUX_v_2_2_2;
    input [1:0] input_0;
    input [1:0] input_1;
    input [0:0] sel;
    reg [1:0] result;
  begin
    case (sel)
      1'b0 : begin
        result = input_0;
      end
      default : begin
        result = input_1;
      end
    endcase
    MUX_v_2_2_2 = result;
  end
  endfunction


  function automatic [29:0] MUX_v_30_2_2;
    input [29:0] input_0;
    input [29:0] input_1;
    input [0:0] sel;
    reg [29:0] result;
  begin
    case (sel)
      1'b0 : begin
        result = input_0;
      end
      default : begin
        result = input_1;
      end
    endcase
    MUX_v_30_2_2 = result;
  end
  endfunction


  function automatic [4:0] MUX_v_5_2_2;
    input [4:0] input_0;
    input [4:0] input_1;
    input [0:0] sel;
    reg [4:0] result;
  begin
    case (sel)
      1'b0 : begin
        result = input_0;
      end
      default : begin
        result = input_1;
      end
    endcase
    MUX_v_5_2_2 = result;
  end
  endfunction


  function automatic [5:0] conv_u2s_5_6 ;
    input [4:0]  vector ;
  begin
    conv_u2s_5_6 =  {1'b0, vector};
  end
  endfunction

endmodule

// ------------------------------------------------------------------
//  Design Unit:    fir
// ------------------------------------------------------------------


module fir (
  clk, rst, coeffs_rsc_radr, coeffs_rsc_q, coeffs_rsc_triosy_lz, in1_rsc_dat, in1_rsc_triosy_lz,
      out1_rsc_dat, out1_rsc_triosy_lz
);
  input clk;
  input rst;
  output [4:0] coeffs_rsc_radr;
  input [15:0] coeffs_rsc_q;
  output coeffs_rsc_triosy_lz;
  input [15:0] in1_rsc_dat;
  output in1_rsc_triosy_lz;
  output [15:0] out1_rsc_dat;
  output out1_rsc_triosy_lz;


  // Interconnect Declarations
  wire [4:0] coeffs_rsci_radr_d;
  wire [15:0] coeffs_rsci_q_d;
  wire coeffs_rsci_rport_r_ram_ir_internal_RMASK_B_d;


  // Interconnect Declarations for Component Instantiations 
  fir_Altera_DIST_DIST_1R1W_RBW_rport_1_16_5_32_32_16_gen coeffs_rsci (
      .q(coeffs_rsc_q),
      .radr(coeffs_rsc_radr),
      .radr_d(coeffs_rsci_radr_d),
      .q_d(coeffs_rsci_q_d),
      .rport_r_ram_ir_internal_RMASK_B_d(coeffs_rsci_rport_r_ram_ir_internal_RMASK_B_d)
    );
  fir_core fir_core_inst (
      .clk(clk),
      .rst(rst),
      .coeffs_rsc_triosy_lz(coeffs_rsc_triosy_lz),
      .in1_rsc_dat(in1_rsc_dat),
      .in1_rsc_triosy_lz(in1_rsc_triosy_lz),
      .out1_rsc_dat(out1_rsc_dat),
      .out1_rsc_triosy_lz(out1_rsc_triosy_lz),
      .coeffs_rsci_radr_d(coeffs_rsci_radr_d),
      .coeffs_rsci_q_d(coeffs_rsci_q_d),
      .coeffs_rsci_rport_r_ram_ir_internal_RMASK_B_d(coeffs_rsci_rport_r_ram_ir_internal_RMASK_B_d)
    );
endmodule